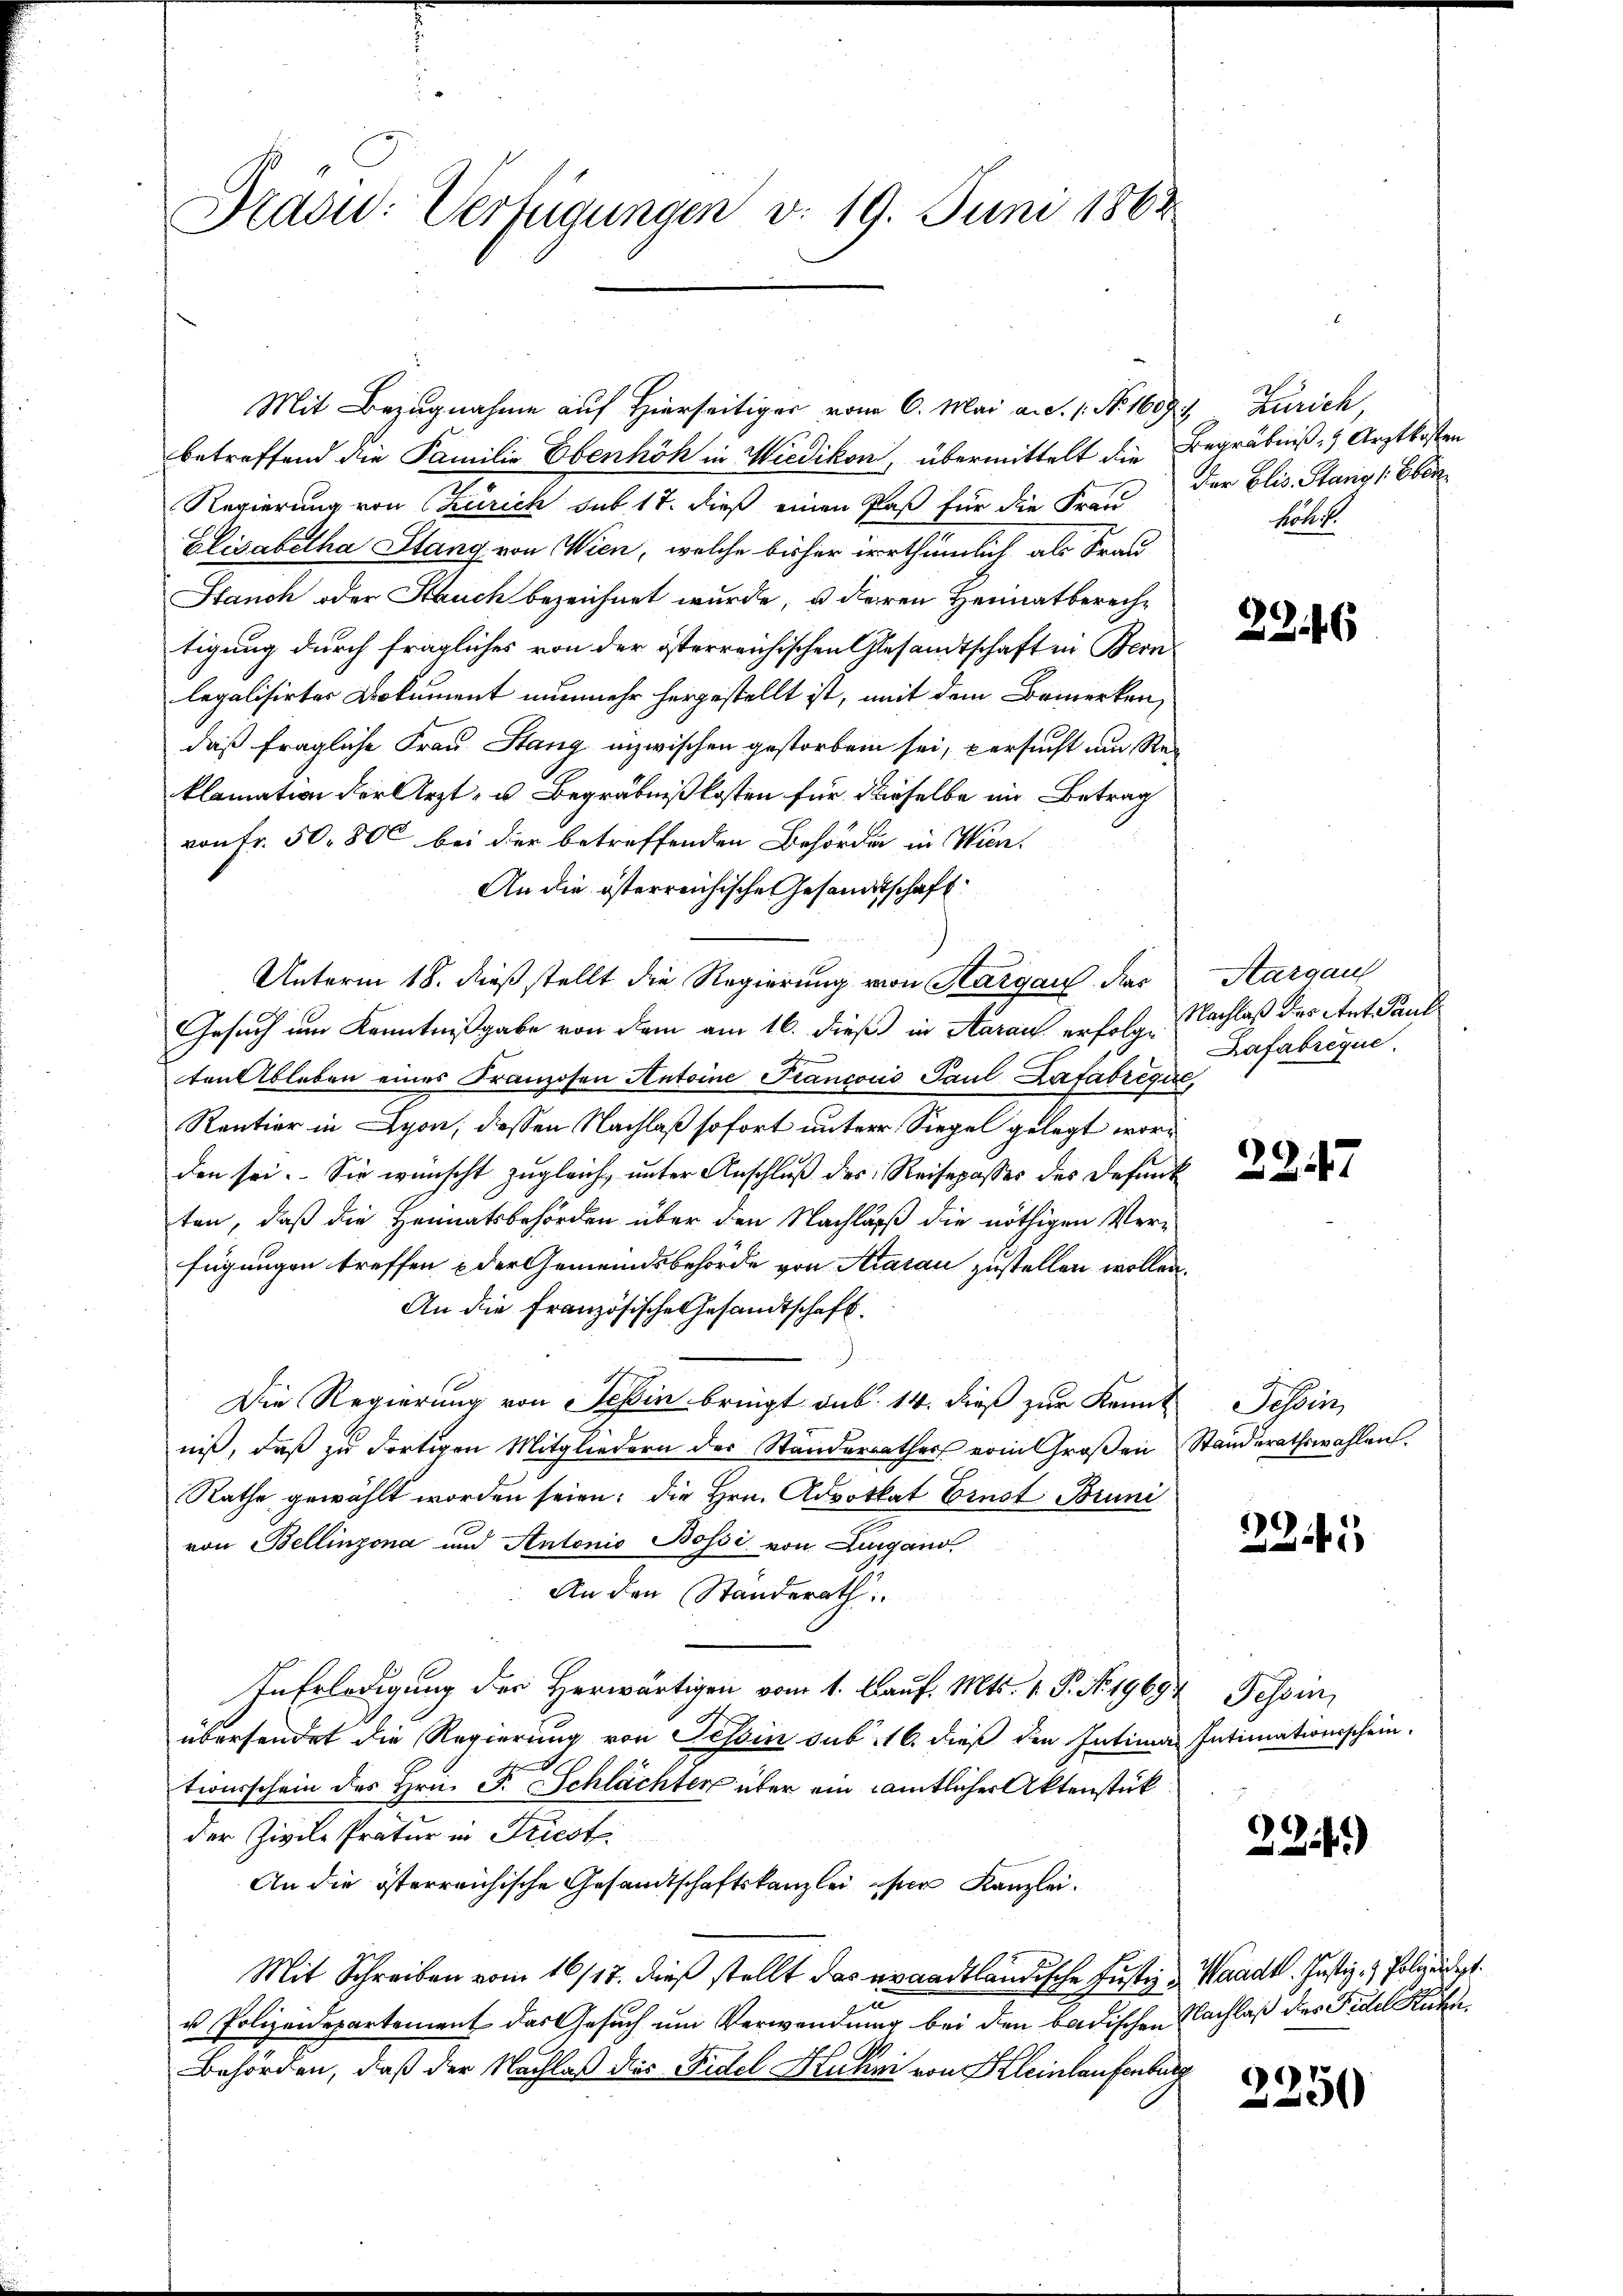
Brasi: Verfügungen v. 19. Juni 1862

Mit Bezugnahme auf Hierseitiger vom 6. Mai a.d. 1. No. 1609. Zürich,
betreffend die Familie Ebenhöh in Wiedikon, übermittelt die
Regierung von Zürich sub 17. dieß einen Paß für die Frau
Elisabetha Stang von Wien, welche bisher irrthümlich als Frau
Stauch oder Kauch bezeichnet wurde, u deren Heimatberechtigung durch fragliches von der österreichischen Gesandtschaft in Bern
legalisirter Dokument nunmehr hergestellt ist, mit dem Bemerken,
daß fragliche Frau Stang inzwischen gestorben sei, persucht um Reklamation der Arzt- u. Begräbnißkosten für derselbe im Betrag
von Fr. 50. 800 bei der betreffenden Behörden in Wien.
An die österreichische Gesandtschaft
Unterm 18. dieß stellt die Regierung von Sargau. Nac
Gesuch um Kenntnißgabe von dem am 16. dieß in Aarau erfolge Nachlaß der Ant Pauli
ten Ableben eines Franzosen Antoine Francois Paul Lafabrique,
Rantier in Lyon, dessen Nachlaß sofort unter Siegel gelegt worden sei. Sie wünscht zugleich, unter Anschluß des Reisepasser des Defenk
ten, daß die Heimatsbehörden über den Nachlaß die nöthigen Verfügungen treffen der Gemeindsbehörde von Aarau zustellen wollen.
An die französische Gesandtschaft.
Die Regierung von Teßin bringt sub 14. dieß zur Kennt Tessin,
niß, daß zu dortigen Mitgliedern der Standerrathes vom Großen Standerathswahlen.
Rathe gewählt worden seien; die Hrn. Advothat Ernst Bruni
von Bellinzona und Antonio Bossi, von Lugano
An den Standerath
In Erledigung der Herwärtigen vom 1. Kauf. Mts. 1. P. No. 19694, Tessin,
2
übersendet die Regierung von Tessin sub 16. dieß den Intima Intimationsschein.
tionsschein des Hrn. F. Schlächter über ein sämtlicher Aktenstück
der Zivile Pratur in Friest
An die österreichische Gesandtschaftskanzlei hier Kanzlei
Mit Schreiben vom 16/17. dieß stellt das eraadtländische Justiz & Waadt. Justiz- & Polizeidigt.
u. Polizeidepartement das Gesuch um Verwendung bei den badischen Nachlaß des Fidel Kühn
Behörden, daß der Nachlaß dies Fidel Kuhni von Kleinlaufenburg

Begräbnis, Arztkosten
Der Elis. Stang 1. Eben
Röhl.

2246

Aargau
Lafabrique.

2247

225

224)

2250